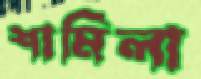
শামিলা